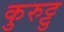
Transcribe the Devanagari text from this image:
कुरुट्टु